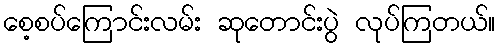
စေ့စပ်ကြောင်းလမ်း ဆုတောင်းပွဲ လုပ်ကြတယ်။